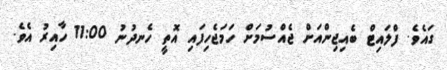
ގައެވެ. ފްލައިޓް ބެއިޖިންއަށް ޖެއްސުމަށް ހަމަޖެހިފައި އޮތީ ހެނދުނު 11:00 ހާއިރު އެވެ.